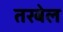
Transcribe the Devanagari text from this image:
तरबेल